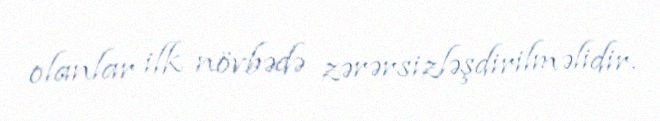
olanlar ilk növbədə zərərsizləşdirilməlidir.